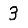
Digit: 3